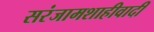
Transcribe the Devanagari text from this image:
सरंजामशाहीवादी